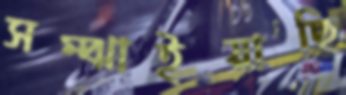
সম্‌ঝাইয়াছি